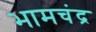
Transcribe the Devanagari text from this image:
भामचंद्र